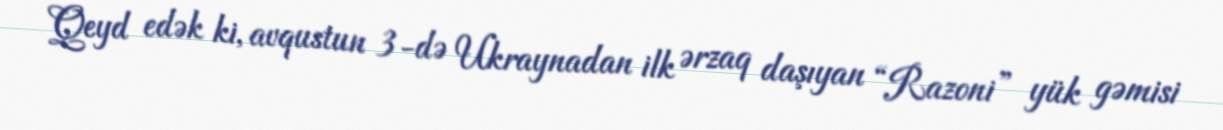
Qeyd edək ki, avqustun 3-də Ukraynadan ilk ərzaq daşıyan “Razoni” yük gəmisi